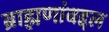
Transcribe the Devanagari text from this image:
ब्राह्मणांबद्दल